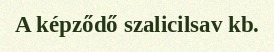
A képződő szalicilsav kb.